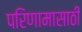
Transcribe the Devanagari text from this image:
परिणामासाठी